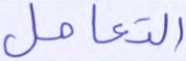
التعامل